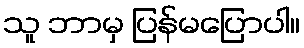
သူ ဘာမှ ပြန်မပြောပါ။